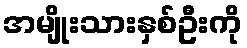
အမျိုးသားနှစ်ဦးကို